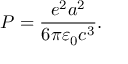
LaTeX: P = { \frac { e ^ { 2 } a ^ { 2 } } { 6 \pi \varepsilon _ { 0 } c ^ { 3 } } } .